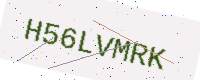
Text: H56LVMRK